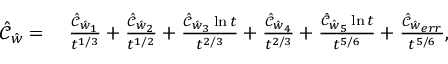
\begin{array} { r l } { \hat { \mathcal { C } } _ { \hat { w } } = } & { \; \frac { \hat { \mathcal { C } } _ { \hat { w } _ { 1 } } } { t ^ { 1 / 3 } } + \frac { \hat { \mathcal { C } } _ { \hat { w } _ { 2 } } } { t ^ { 1 / 2 } } + \frac { \hat { \mathcal { C } } _ { \hat { w } _ { 3 } } \ln t } { t ^ { 2 / 3 } } + \frac { \hat { \mathcal { C } } _ { \hat { w } _ { 4 } } } { t ^ { 2 / 3 } } + \frac { \hat { \mathcal { C } } _ { \hat { w } _ { 5 } } \ln t } { t ^ { 5 / 6 } } + \frac { \hat { \mathcal { C } } _ { \hat { w } _ { e r r } } } { t ^ { 5 / 6 } } , } \end{array}